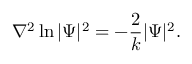
\nabla ^ { 2 } \ln | \Psi | ^ { 2 } = - \frac { 2 } { k } | \Psi | ^ { 2 } .